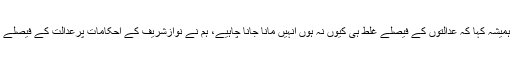
خورشید شاہ کا کہنا تھا کہ نوازشریف نے ہمیشہ کہا کہ عدالتوں کے فیصلے غلط ہی کیوں نہ ہوں انہیں مانا جانا چاہیے، ہم نے نوازشریف کے احکامات پرعدالت کے فیصلے مانے ہیں اوراب ان کوبھی ماننا پڑیں گے۔